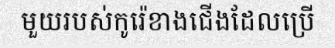
មួយរបស់កូរ៉េខាងជើងដែលប្រើ